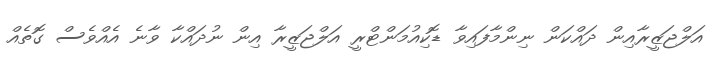
އަލްޖަޒީރާއިން ދައްކަން ނިންމާފައިވާ ޑޮކިއުމަންޓްރީ އަލްޖަޒީރާ އިން ނުދައްކާ ވާނެ އެއްވެސް ގޮތެއް